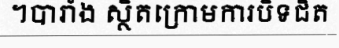
។បារាំង ស្ថិតក្រោមការបិទជិត